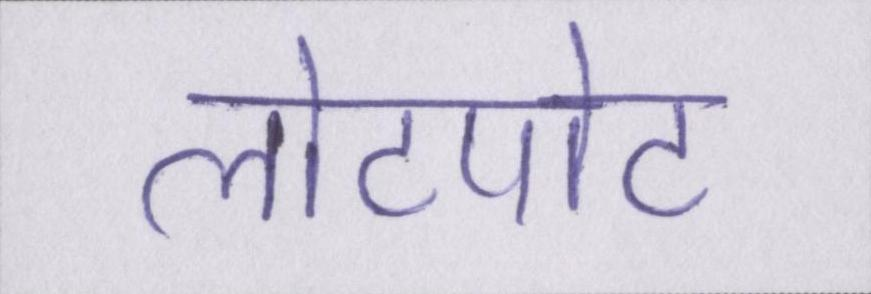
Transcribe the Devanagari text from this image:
लोटपोट